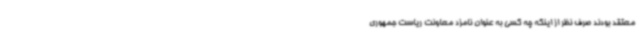
معتقد بودند صرف نظر از اینکه چه کسی به عنوان نامزد معاونت ریاست جمهوری